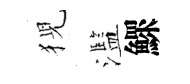
猊濫鰥